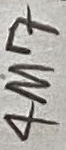
Text: 4M7